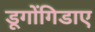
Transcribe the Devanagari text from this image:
डूगोंगिडाए